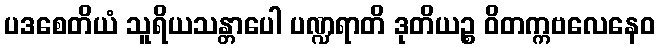
ပဒစေတိယံ သူရိယသန္တာပေါ ပဏ္ဍရာတိ ဒုတိယဉ္စ ဝိတက္ကဗလေနေဝ